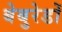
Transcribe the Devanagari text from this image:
बेबुरेडों